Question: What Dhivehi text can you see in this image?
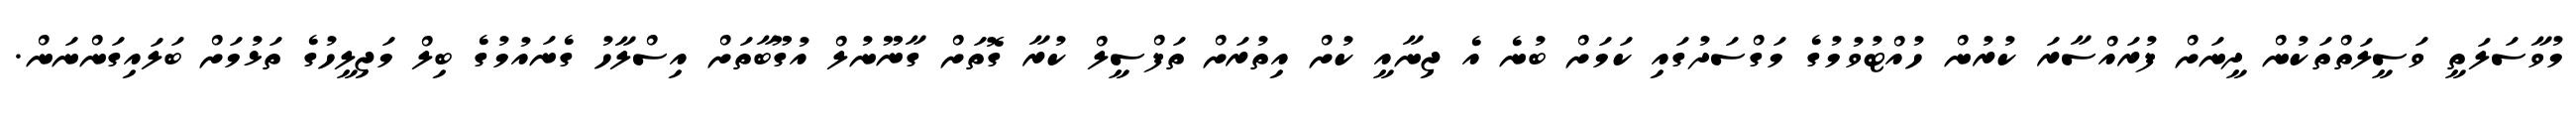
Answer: މުވާސަލަތީ ވަސީލަތްތަކުން ދީނަށް ފުރައްސާރަ ކުރުން ހުއްޓުވުމުގެ މަގްސަދުގައި ކަމަށް ބުނެ އެ ޖިނާއީ ކުށް އިތުރަށް ތަފްސީލް ކުރާ ގޮތަށް ގާނޫނުލް އުގޫބާތަށް އިސްލާހު ގެނައުމުގެ ބިލް މަޖިލީހުގެ ތަޅުމަށް ބަލައިގަންނަން.